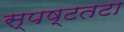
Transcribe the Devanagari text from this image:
स्पष्टतटा